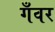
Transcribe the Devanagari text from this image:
गँवर